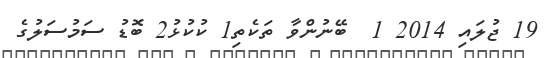
19 ޖުލައި 2014 1  ބޭނުންވާ ތަކެތި1 ކުކުޅު2 ބޮޑު ސަމުސަލުގެ